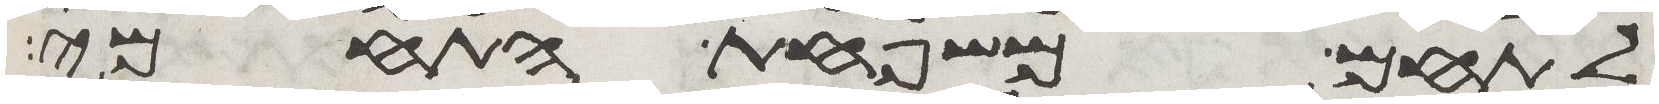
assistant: לתחם משפחת התחמי